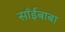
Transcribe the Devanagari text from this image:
साँईबाबा